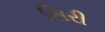
સિરી